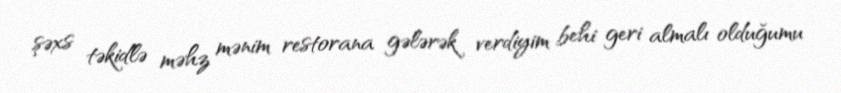
şəxs təkidlə məhz mənim restorana gələrək verdiyim behi geri almalı olduğumu